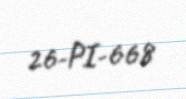
26-PI-668